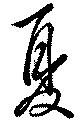
夏